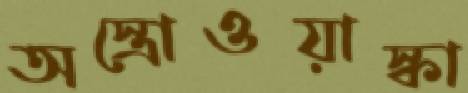
অস্ত্রোওয়াস্কা